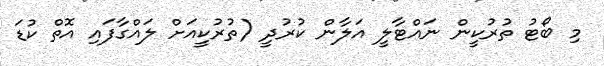
މި ބޯޓު ތުރުކީން ނައްޓާލީ އަލާން ކުރުދީ (ތުރުކީއަށް ލައްގާފައި އޮތް ކުޑަ